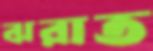
ঝরাত